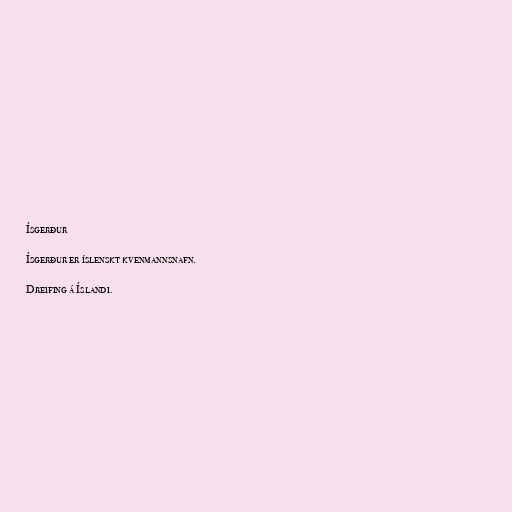
Ísgerður

Ísgerður er íslenskt kvenmannsnafn.

Dreifing á Íslandi.